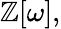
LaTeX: \mathbb{Z}[\omega],